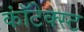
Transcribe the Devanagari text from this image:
कॉंटेक्स्ट